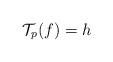
LaTeX: \begin{align*} \mathcal{T}_p(f) = h\end{align*}